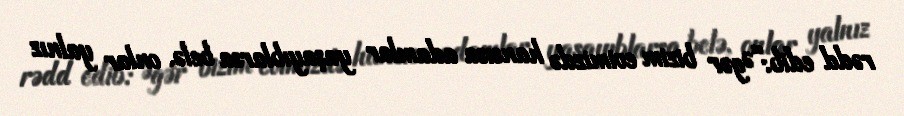
rədd edib:“Əgər bizim evimizdə hansısa adamlar yaşayıblarsa belə, onlar yalnız